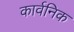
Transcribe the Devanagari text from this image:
कार्वनिक